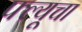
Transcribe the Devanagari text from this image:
फ्ल्यूचा